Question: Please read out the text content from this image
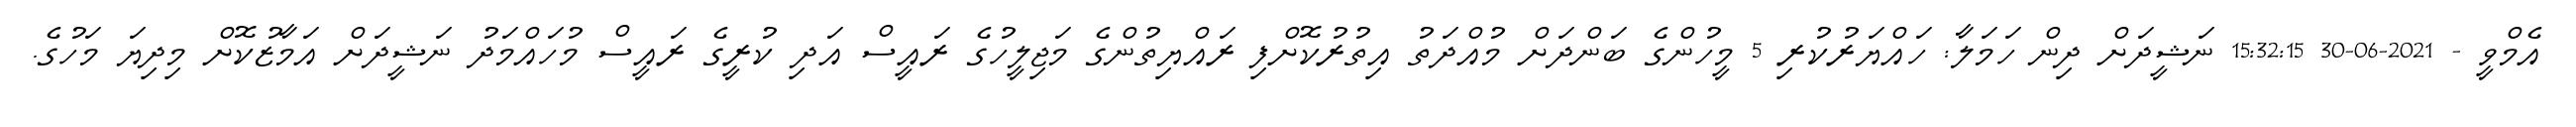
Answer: އެމްވީ - 2021-06-30 15:32:15 ނަޝީދަށް ދިން ހަމަލާ: ހައްޔަރުކުރި 5 މީހުންގެ ބަންދަށް މުއްދަތު އިތުރުކޮށްފި ރައްޔިތުންގެ މަޖިލީހުގެ ރައީސް އަދި ކުރީގެ ރައީސް މުހައްމަދު ނަޝީދަށް އަމާޒުކޮށް މިދިޔަ މަހުގެ.